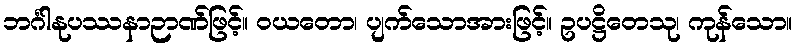
ဘင်္ဂါနုပဿနာဉာဏ်ဖြင့်။ ဝယတော၊ ပျက်သောအားဖြင့်။ ဥပဋ္ဌိတေသု၊ ကုန်သော။